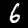
Digit: 6